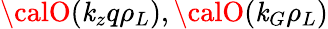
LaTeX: {\calO}(\mathit{k}_{z}q\rho_{L}),{\calO}(\mathit{k}_{G}\rho_{L})